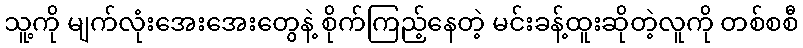
သူ့ကို မျက်လုံးအေးအေးတွေနဲ့ စိုက်ကြည့်နေတဲ့ မင်းခန့်ထူးဆိုတဲ့လူကို တစ်စစီ